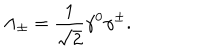
LaTeX: \Lambda _ { \pm } = \frac { 1 } { \sqrt { 2 } } \gamma ^ { 0 } \gamma ^ { \pm } .